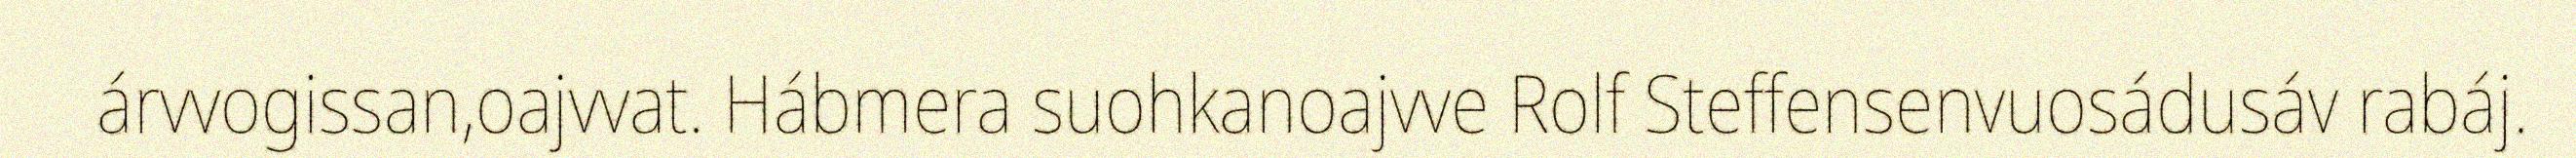
árvvogissan,oajvvat. Hábmera suohkanoajvve Rolf Steffensenvuosádusáv rabáj.